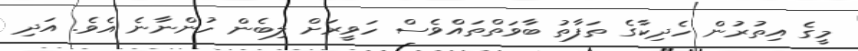
މީގެ އިތުރުން ހެދިކާގެ ތަފާތު ބާވަތްތައްވެސް ހަވީރަށް ލިބެން ހުންނާނެ އެވެ. އަދި